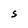
Character: S